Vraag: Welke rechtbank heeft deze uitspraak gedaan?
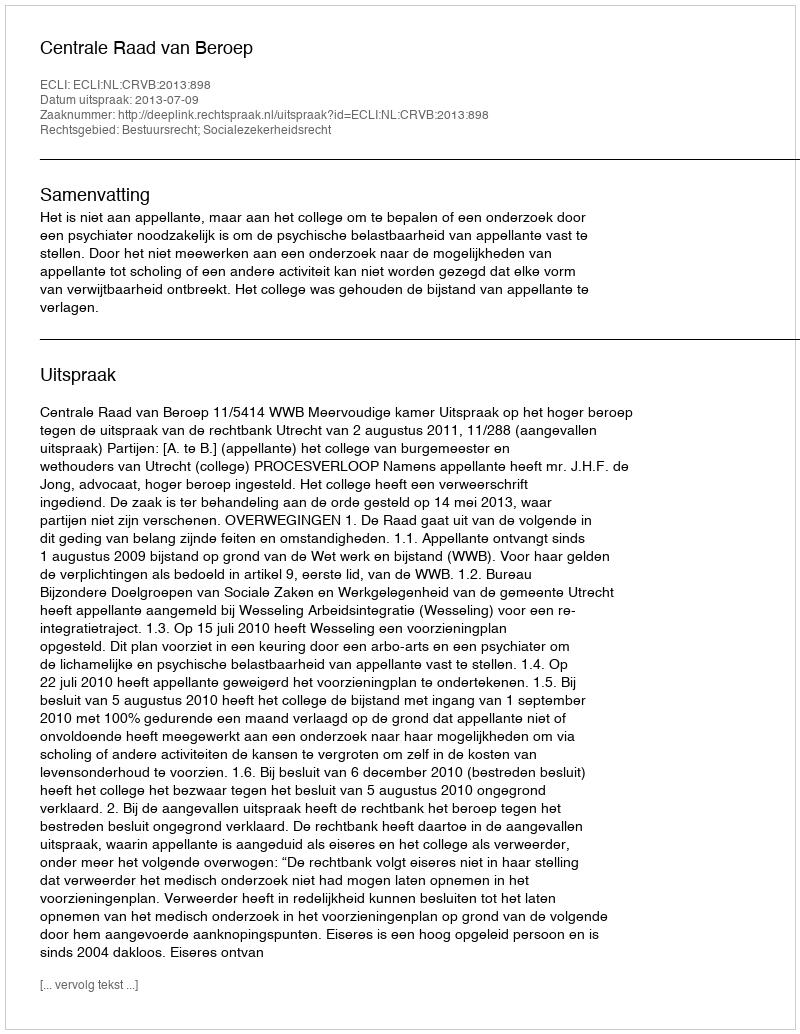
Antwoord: Centrale Raad van Beroep